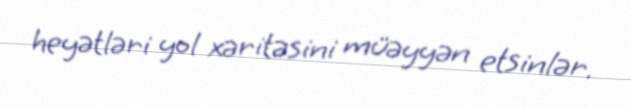
heyətləri yol xəritəsini müəyyən etsinlər.